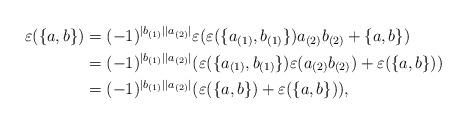
LaTeX: \begin{align*}\varepsilon(\{a,b\})&=(-1)^{|b_{(1)}||a_{(2)}|}\varepsilon(\varepsilon(\{a_{(1)},b_{(1)}\})a_{(2)}b_{(2)}+\{a, b\})\\&=(-1)^{|b_{(1)}||a_{(2)}|}(\varepsilon(\{a_{(1)},b_{(1)}\})\varepsilon(a_{(2)}b_{(2)})+\varepsilon(\{a, b\}))\\&=(-1)^{|b_{(1)}||a_{(2)}|}(\varepsilon(\{a, b\})+\varepsilon(\{a,b\})),\end{align*}